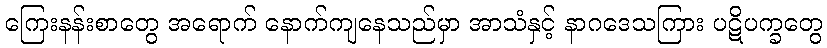
ကြေးနန်းစာတွေ အရောက် နောက်ကျနေသည်မှာ အာသံနှင့် နာဂဒေသကြား ပဋိပက္ခတွေ